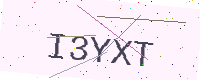
Text: I3YXT